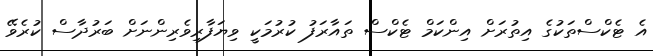
އެ ޓެކްސްތަކުގެ އިތުރަށް އިންކަމް ޓެކްސް ތައާރަފު ކުރުމަކީ ވިޔަފާރިވެރިންނަށް ބަރުދާސް ކުރެވޭ